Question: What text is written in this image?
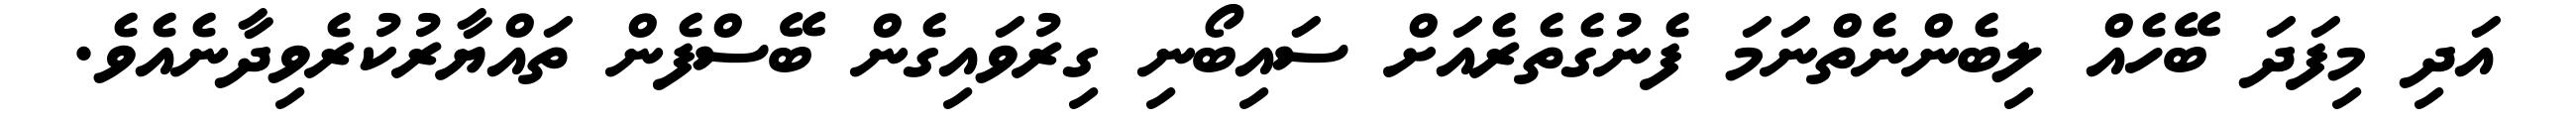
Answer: އަދި މިފަދަ ބޭހެއް ލިބެންނެތްނަމަ ފެނުގެތެރެއަށް ސައިބޯނި ގިރުވައިގެން ބޭސްފެން ތައްޔާރުކުރެވިދާނެއެވެ.